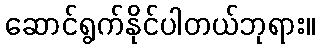
ဆောင်ရွက်နိုင်ပါတယ်ဘုရား။